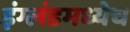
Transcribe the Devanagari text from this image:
इंग्लंडमध्येच